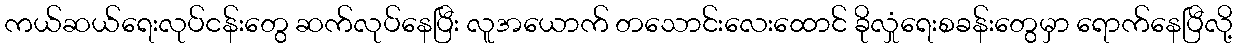
ကယ်ဆယ်ရေးလုပ်ငန်းတွေ ဆက်လုပ်နေပြီး လူအယောက် တသောင်းလေးထောင် ခိုလှုံရေးစခန်းတွေမှာ ရောက်နေပြီလို့